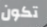
تكون